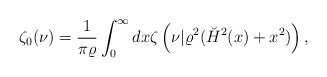
\begin{align*}\zeta_0(\nu)={1 \over \pi\varrho}\int_0^\infty dx\zeta\left(\nu|\varrho^2 (\breve{H}^2(x)+x^2)\right),\end{align*}